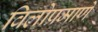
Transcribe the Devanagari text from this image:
विलोप्रमाणे